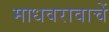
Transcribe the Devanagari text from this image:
माधवरावाचें